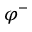
\varphi ^ { - }